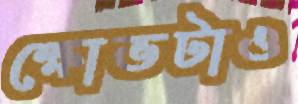
ক্ষোভটাও